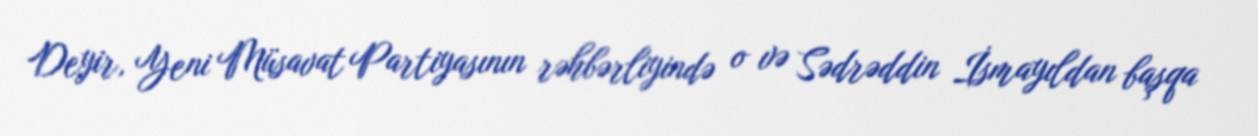
Deyir, Yeni Müsavat Partiyasının rəhbərliyində o və Sədrəddin İsmayıldan başqa